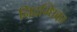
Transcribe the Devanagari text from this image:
निदग्धिका